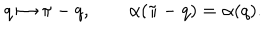
q \mapsto \pi - q , \qquad \alpha ( \pi - q ) = \alpha ( q ) .